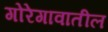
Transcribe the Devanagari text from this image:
गोरेगावातील